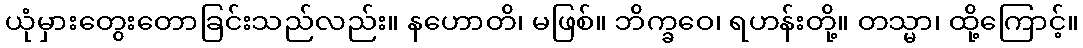
ယုံမှားတွေးတောခြင်းသည်လည်း။ နဟောတိ၊ မဖြစ်။ ဘိက္ခဝေ၊ ရဟန်းတို့။ တသ္မာ၊ ထို့ကြောင့်။